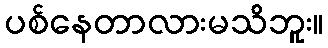
ပစ်နေတာလားမသိဘူး။